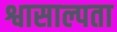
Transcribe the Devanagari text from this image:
श्वासाल्पता